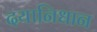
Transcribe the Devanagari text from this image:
दयानिधान